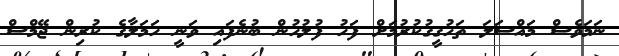
ނަމަވެސް މައްސަލަ ތަހުގީގުކުރުމަށް ފަހު ފުލުހުން ބުނެފައި ވަނީ ހަމަލާގެ ކުރިން ޖޭމްސް